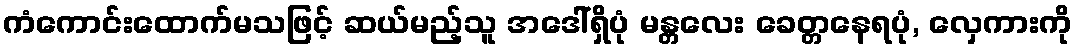
ကံကောင်းထောက်မသဖြင့် ဆယ်မည့်သူ အဒေါ်ရှိပုံ မန္တလေး ခေတ္တနေရပုံ, လှေကားကို